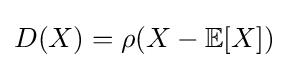
D(X)=\rho (X-\mathbb {E} [X])